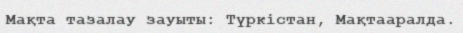
Мақта тазалау зауыты: Түркістан, Мақтааралда.